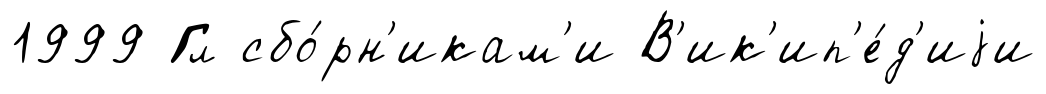
1999 Гл сбо́рн'икам'и В'ик'ип'е́д'иjи